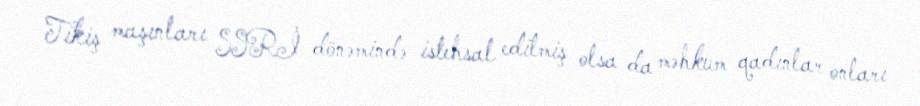
Tikiş maşınları SSRİ dönəmində istehsal edilmiş olsa da məhkum qadınlar onları